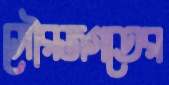
সৌরজগতের